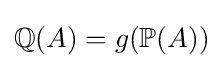
\mathbb {Q} (A)=g(\mathbb {P} (A))